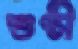
শুণ্ঠী